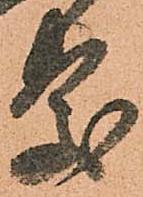
慶